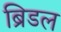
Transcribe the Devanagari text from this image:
ब्रिडल